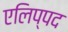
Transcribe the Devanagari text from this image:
एलिप्पद